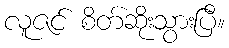
လူဇင် စိတ်ဆိုးသွားပြီ။